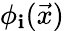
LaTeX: \phi_{\mathbf{i}}(\vec{{x}})